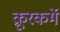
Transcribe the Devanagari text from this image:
क्रूरकर्मे